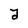
Character: a